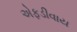
એફડીવાય